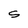
Character: s